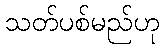
သတ်ပစ်မည်ဟု